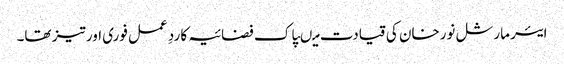
ایئر مارشل نورخان کی قیادت میںپاک فضائیہ کا ردِ عمل فوری اور تیز تھا۔